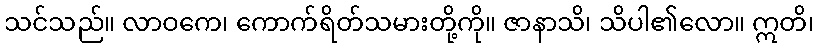
သင်သည်။ လာဝကေ၊ ကောက်ရိတ်သမားတို့ကို။ ဇာနာသိ၊ သိပါ၏လော။ ဣတိ၊